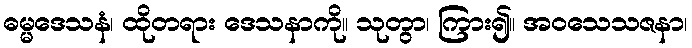
ဓမ္မဒေသနံ၊ ထိုတရား ဒေသနာကို။ သုတွာ၊ ကြား၍။ အဝသေသဇနာ၊